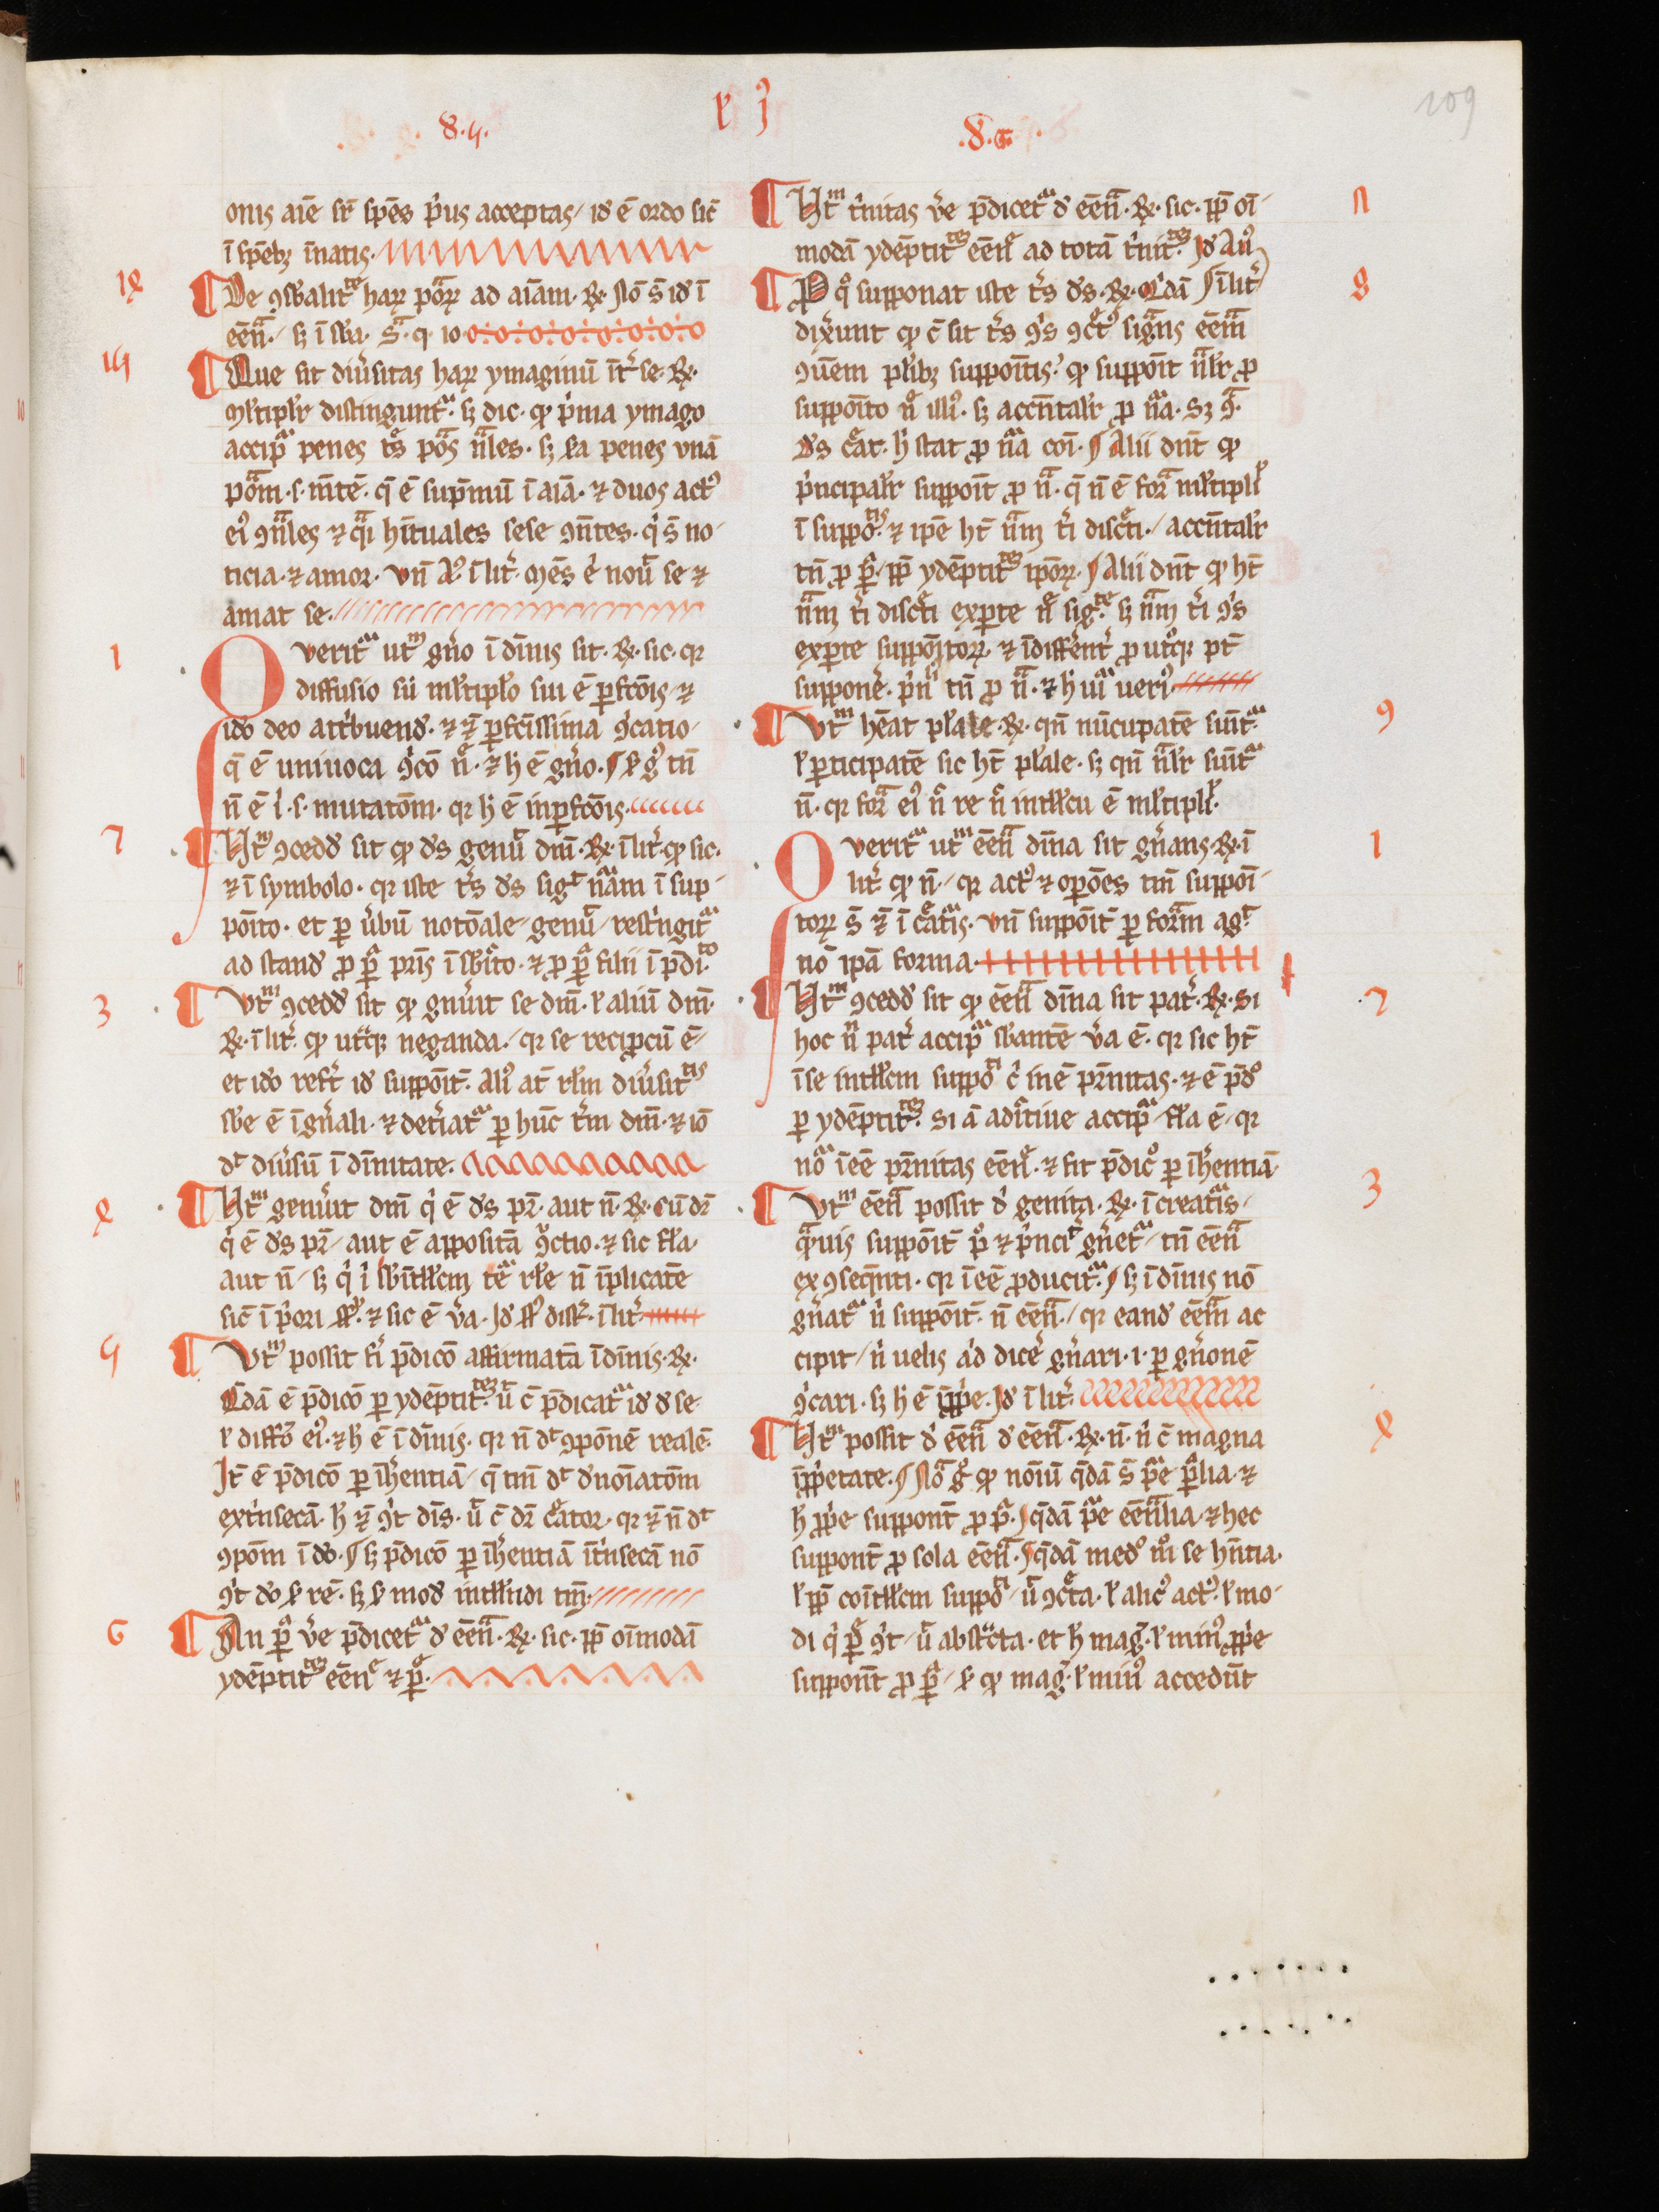
Shelfmark: Aarau, Aargauer Kantonsbibliothek, MsWettF 15
Century: 13